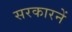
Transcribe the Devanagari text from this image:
सरकारनें